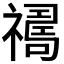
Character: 𱵪